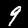
Label: 9